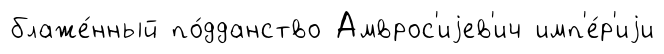
блаже́нный по́дданство Амврос'иjев'ич имп'е́р'иjи